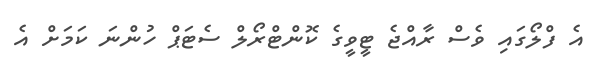
އެ ފްލޯގައި ވެސް ރާއްޖެ ޓީވީގެ ކޮންޓްރޯލް ސެޓަޕް ހުންނަ ކަމަށް އެ